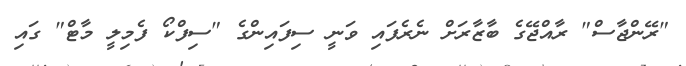
"ރޭންޖާސް" ރާއްޖޭގެ ބާޒާރަށް ނެރެފައި ވަނީ ސިފައިންގެ "ސިފްކޯ ފެމިލީ މާޓް" ގައި